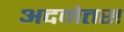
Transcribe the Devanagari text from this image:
अदमेतस